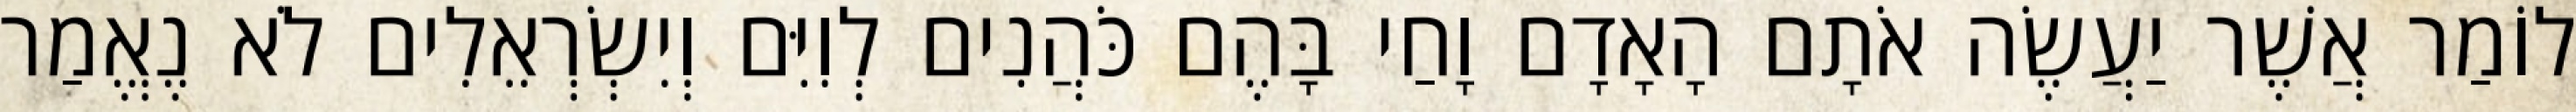
לוֹמַר אֲשֶׁר יַעֲשֶׂה אֹתָם הָאָדָם וָחַי בָּהֶם כֹּהֲנִים לְוִיִּם וְיִשְׂרְאֵלִים לֹא נֶאֱמַר